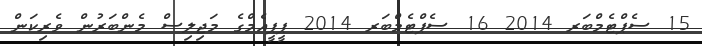
15 ސެޕްޓެމްބަރ 2014 16 ސެޕްޓެމްބަރ 2014 ޕީޕީއެމްގެ މަޖިލިސް މެންބަރުން ވެރިކަން